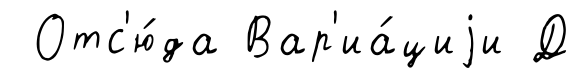
Отс'ю́да Вар'иа́циjи Д